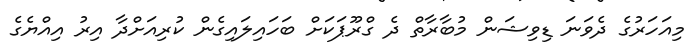
މިއަހަރުގެ ދެވަނަ ޑިވިޝަން މުބާރާތް ދެ ގްރޫޕަކަށް ބަހައިލައިގެން ކުރިއަށްދާ އިރު އިއްޔެގެ